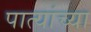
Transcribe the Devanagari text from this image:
पात्यांच्या